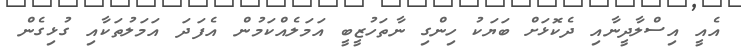
އެއީ އިސްލާދީނާއި ދެކޮޅަށް ބަޔަކު ހިންގި ނާތަހުޒީބީ އަމަލެއްކަމުން އެފަދަ އަމަލުތަކާއި ގުޅިގެން